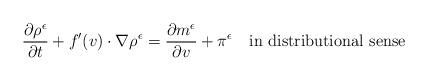
LaTeX: \begin{align*}\frac{\partial \rho^\epsilon}{\partial t}+f'(v)\cdot\nabla\rho^\epsilon=\frac{\partial m^\epsilon}{\partial v}+\pi^\epsilon\quad\mbox{in distributional sense}\end{align*}